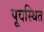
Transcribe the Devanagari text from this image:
पूवस्थित